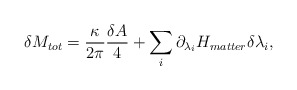
\begin{align*}\delta M_{tot}={\kappa\over 2\pi}{\delta A\over 4} + \sum_i\partial_{\lambda_i}H_{matter}\delta\lambda_i,\end{align*}